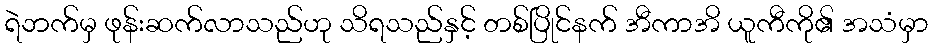
ရဲဘက်မှ ဖုန်းဆက်လာသည်ဟု သိရသည်နှင့် တစ်ပြိုင်နက် အီကာအိ ယူကီကို၏ အသံမှာ